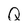
Character: Q